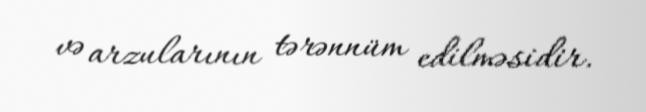
və arzularının tərənnüm edilməsidir.